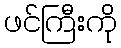
ဖင်ကြီးကို